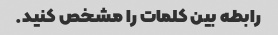
رابطه بین کلمات را مشخص کنید.